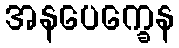
အနပေက္ခေန